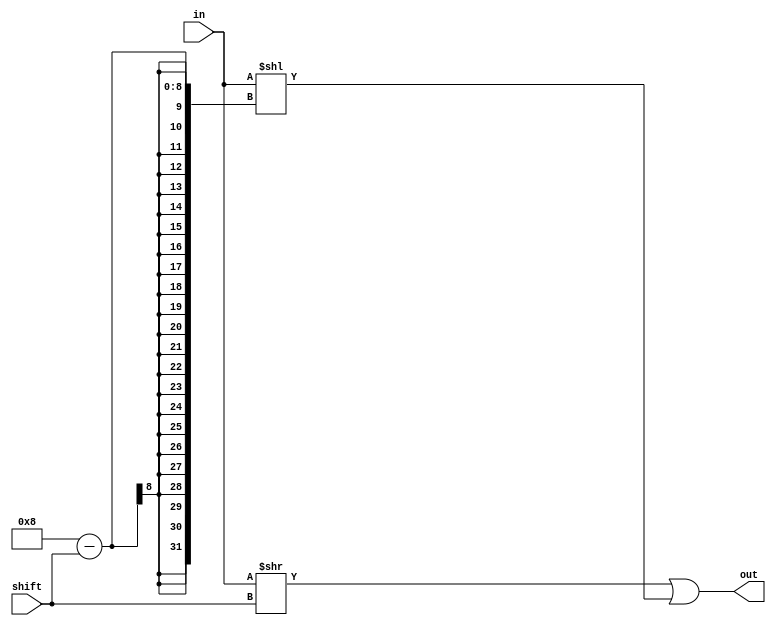
module TC_Rol (in, shift, out);
    parameter UUID = 0;
    parameter NAME = "";
    parameter BIT_WIDTH = 8;
    input [BIT_WIDTH-1:0] in;
    input [7:0] shift;
    output [BIT_WIDTH-1:0] out;

    assign out = (in >> shift) | (in << (BIT_WIDTH - shift));
endmodule